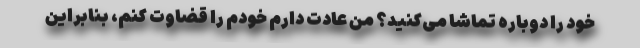
خود را دوباره تماشا می‌کنید؟ من عادت دارم خودم را قضاوت کنم، بنابراین